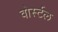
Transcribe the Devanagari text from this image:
वोर्स्टल